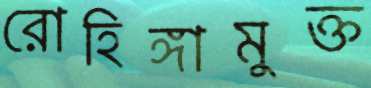
রোহিঙ্গামুক্ত